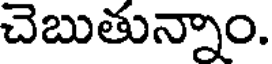
చెబుతున్నాం.